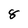
Character: 8